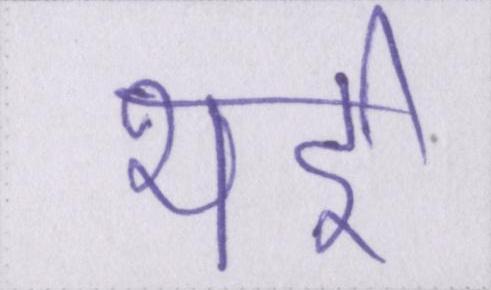
भई